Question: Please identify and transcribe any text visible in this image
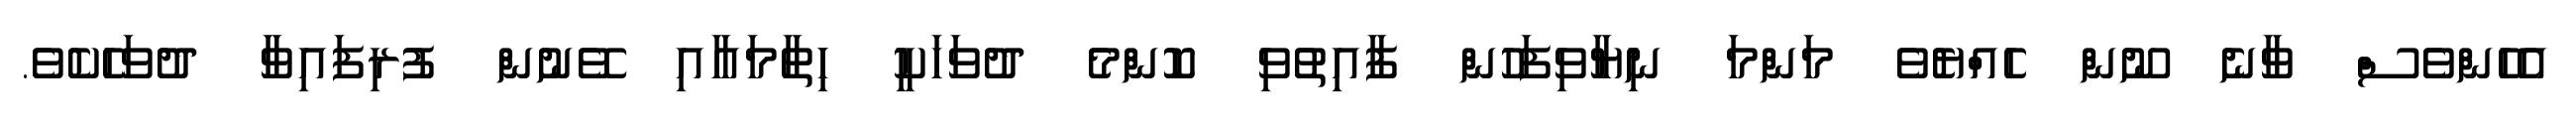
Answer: އެހެންވެސް ވާނެ ނޫން ހެއްޔެވެ މަންމަ ނިޔާވިފަހުން ފާއިތުވި ކޮންމެ ދުވަހަކީ ހިތާމައާއި ވޭނުން ފުރިފައިވާ ދުވަހެކެވެ.